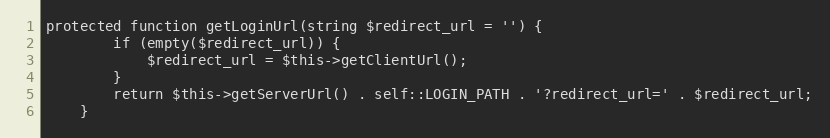
Language: PHP
protected function getLoginUrl(string $redirect_url = '') {
        if (empty($redirect_url)) {
            $redirect_url = $this->getClientUrl();
        }
        return $this->getServerUrl() . self::LOGIN_PATH . '?redirect_url=' . $redirect_url;
    }